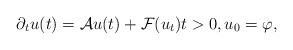
\begin{align*} \partial_{t} u(t) = \mathcal{A} u(t) + \mathcal{F}(u_{t}) t > 0, u_{0} = \varphi, \end{align*}